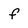
Character: f